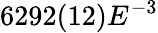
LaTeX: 6292(12)E^{-3}